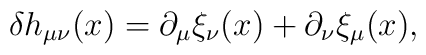
\delta h_{\mu \nu }(x)=\partial _\mu \xi _\nu (x)+\partial _\nu \xi _\mu (x),